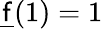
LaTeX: {\underline{{\mathsf{f}}}}(1)=1